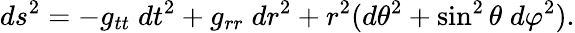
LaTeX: ds^{2}=-g_{tt}\; dt^{2}+g_{rr}\; dr^{2}+r^{2}(d\theta^{2}+\sin^{2}\theta\; d\varphi^{2}).